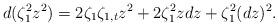
LaTeX: \begin{align*}d(\zeta_1^2 z^2)=2\zeta_{1}\zeta_{1,t}z^2 +2\zeta_1^2 zdz + \zeta_1^2 (dz)^2.\end{align*}